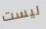
ليست